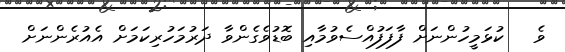
ވެ   ކުޅަމީހުންނަށް ފާފަފުއްސެވުމާއި ބޮޑުވެގެންވާ ދަރުމަހުރިކަމަށް އެއުރެންނަށް